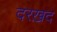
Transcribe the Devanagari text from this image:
दरख़द